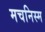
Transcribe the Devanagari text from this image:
मचनिस्म